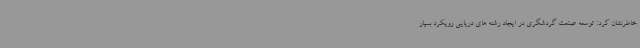
خاطرنشان کرد: توسعه صنعت گردشگری در ایجاد رشته های دریایی رویکرد بسیار